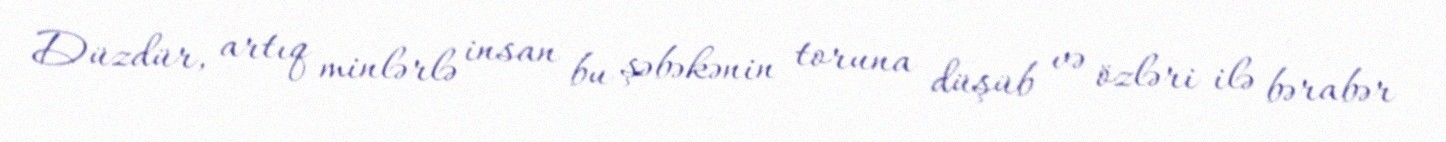
Düzdür, artıq minlərlə insan bu şəbəkənin toruna düşüb və özləri ilə bərabər